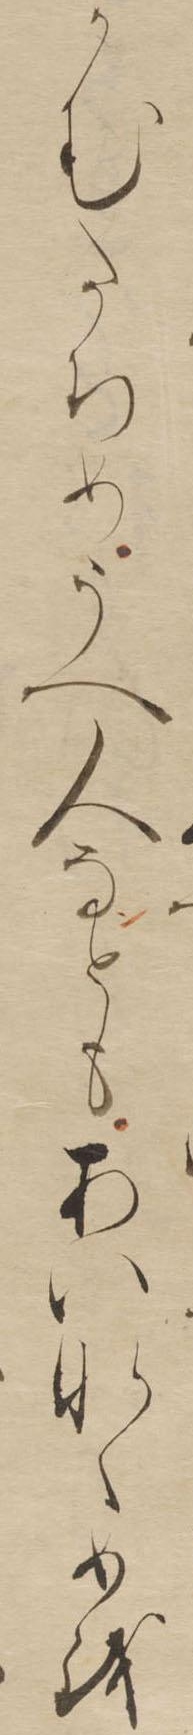
かむたちめうへ人なともあいなくめを